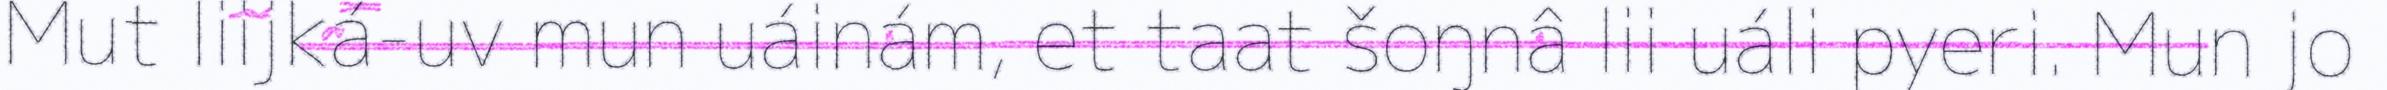
Mut liijká-uv mun uáinám, et taat šoŋnâ lii uáli pyeri. Mun jo